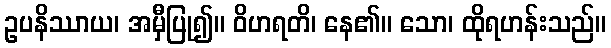
ဥပနိဿာယ၊ အမှီပြု၍။ ဝိဟရတိ၊ နေ၏။ သော၊ ထိုရဟန်းသည်။